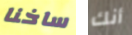
ساخنا أنك